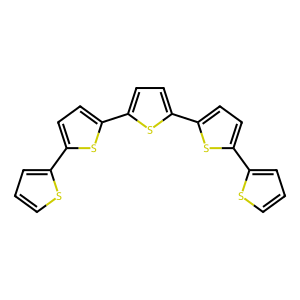
SMILES: c1csc(-c2ccc(-c3ccc(-c4ccc(-c5cccs5)s4)s3)s2)c1
Inhibits HIV replication: No